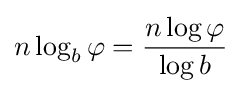
n\log _{b}\varphi ={\frac {n\log \varphi }{\log b}}